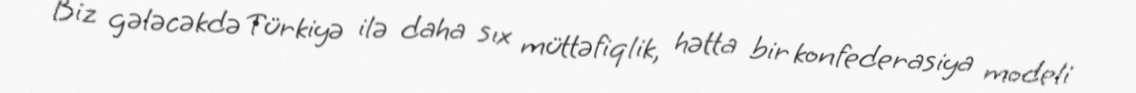
Biz gələcəkdə Türkiyə ilə daha sıx müttəfiqlik, hətta bir konfederasiya modeli